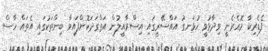
ފެޑެރިކާ މޮޣެރެނީ ވިދާޅުވީ ހުޅަނގު އައްސޭރީގައި އިސްރާއީލުން އަތްގަދަކޮށްފައިވާ ބިންތަކުގައި އެތައް ހާސް